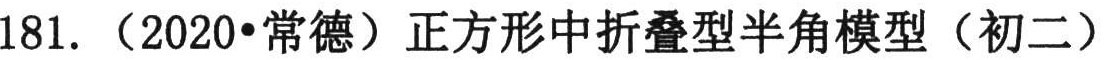
181. （2020•常德）正方形中折叠型半角模型（初二）